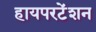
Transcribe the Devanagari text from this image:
हायपरटेंशन